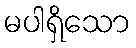
မပါရှိသော